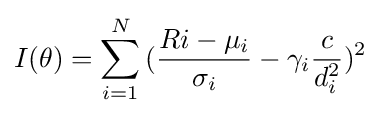
I(\theta )=\sum _{i=1}^{N}{({\frac {Ri-\mu _{i}}{\sigma _{i}}}-\gamma _{i}{\frac {c}{d_{i}^{2}}})^{2}}